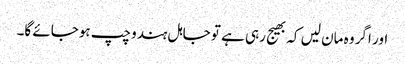
اور اگر وہ مان لیں کہ بھیج رہی ہے تو جاہل ہندو چپ ہوجائے گا۔